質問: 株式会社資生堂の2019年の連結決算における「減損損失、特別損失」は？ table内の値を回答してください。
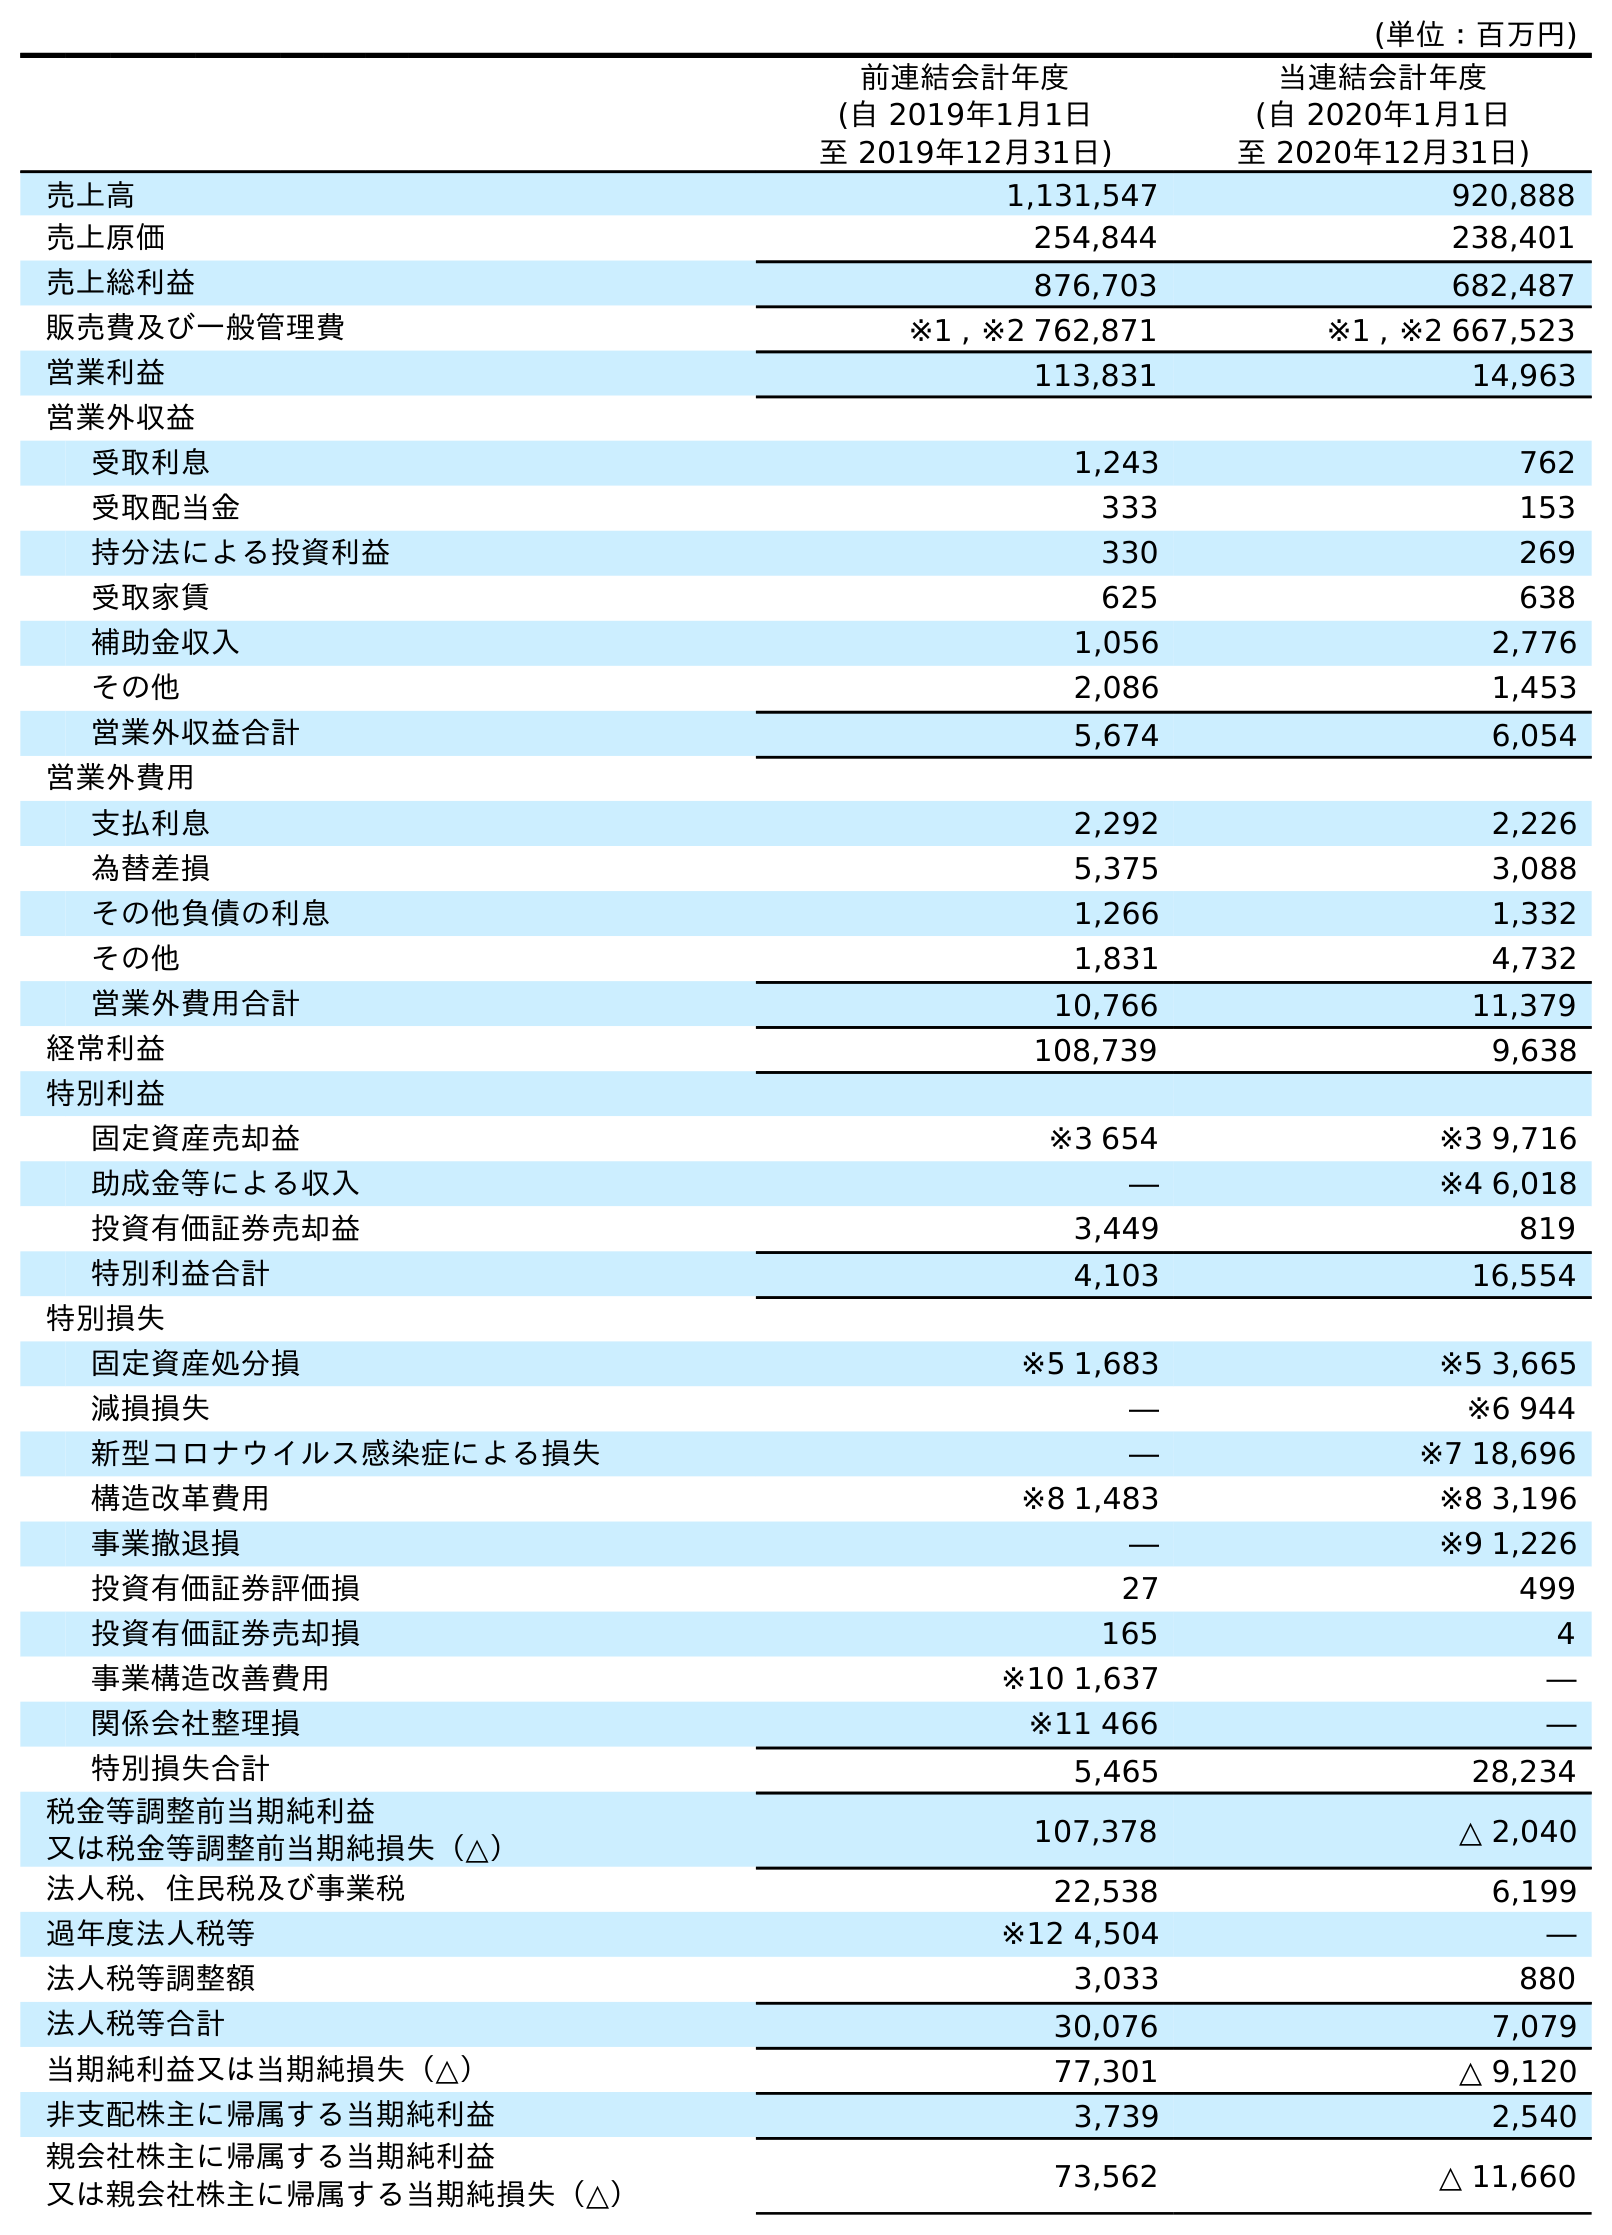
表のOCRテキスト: (単位：百万円) 前連結会計年度 (自 2019年1月1日 至 2019年12月31日) 当連結会計年度 (自 2020年1月1日 至 2020年12月31日) 売上高 1,131,547 920,888 売上原価 254,844 238,401 売上総利益 876,703 682,487 販売費及び一般管理費 ※1 , ※2 762,871 ※1 , ※2 667,523 営業利益 113,831 14,963 営業外収益 受取利息 1,243 762 受取配当金 333 153 持分法による投資利益 330 269 受取家賃 625 638 補助金収入 1,056 2,776 その他 2,086 1,453 営業外収益合計 5,674 6,054 営業外費用 支払利息 2,292 2,226 為替差損 5,375 3,088 その他負債の利息 1,266 1,332 その他 1,831 4,732 営業外費用合計 10,766 11,379 経常利益 108,739 9,638 特別利益 固定資産売却益 ※3 654 ※3 9,716 助成金等による収入 ― ※4 6,018 投資有価証券売却益 3,449 819 特別利益合計 4,103 16,554 特別損失 固定資産処分損 ※5 1,683 ※5 3,665 減損損失 ― ※6 944 新型コロナウイルス感染症による損失 ― ※7 18,696 構造改革費用 ※8 1,483 ※8 3,196 事業撤退損 ― ※9 1,226 投資有価証券評価損 27 499 投資有価証券売却損 165 4 事業構造改善費用 ※10 1,637 ― 関係会社整理損 ※11 466 ― 特別損失合計 5,465 28,234 税金等調整前当期純利益 又は税金等調整前当期純損失（△） 107,378 △ 2,040 法人税、住民税及び事業税 22,538 6,199 過年度法人税等 ※12 4,504 ― 法人税等調整額 3,033 880 法人税等合計 30,076 7,079 当期純利益又は当期純損失（△） 77,301 △ 9,120 非支配株主に帰属する当期純利益 3,739 2,540 親会社株主に帰属する当期純利益 又は親会社株主に帰属する当期純損失（△） 73,562 △ 11,660
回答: ―